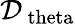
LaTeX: \mathcal{D}_{\mathrm{\ theta}}